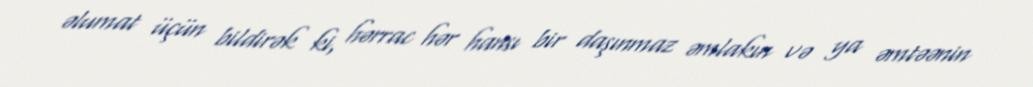
əlumat üçün bildirək ki, hərrac hər hansı bir daşınmaz əmlakın və ya əmtəənin